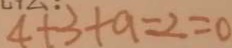
4 + 3 + a = 2 = 0